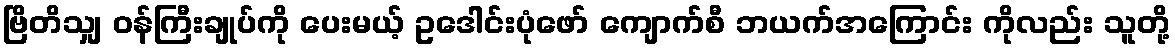
ဗြိတိသျှ ဝန်ကြီးချုပ်ကို ပေးမယ့် ဥဒေါင်းပုံဖော် ကျောက်စီ ဘယက်အကြောင်း ကိုလည်း သူတို့